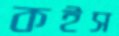
কইস